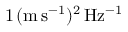
1 \, \mathrm { ( m \, s ^ { - 1 } ) ^ { 2 } \, H z ^ { - 1 } }